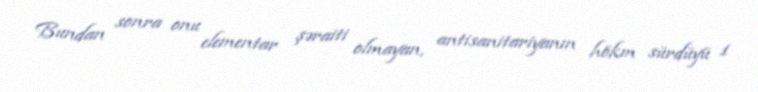
Bundan sonra onu elementar şəraiti olmayan, antisanitariyanın hökm sürdüyü 1